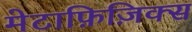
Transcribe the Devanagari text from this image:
मेटाफ़िज़िक्स